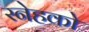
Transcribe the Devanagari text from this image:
स्नेहको